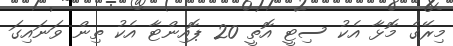
މިރޭގެ މޮޅާ އެކު ސިޓީ އޮތީ 20 ޕޮއިންޓާ އެކު ތިން ވަނައިގަ